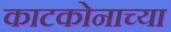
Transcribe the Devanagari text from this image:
काटकोनाच्या